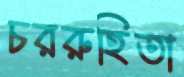
চররুহিতা